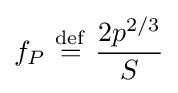
f_{P}\ {\stackrel {\mathrm {def} }{=}}\ {\frac {2p^{2/3}}{S}}